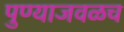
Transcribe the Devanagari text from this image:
पुण्याजवळच